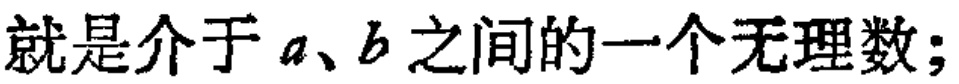
就是介于 \(a、b\) 之间的一个无理数;